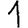
Digit: 1